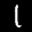
Label: 1